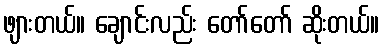
ဖျားတယ်။ ချောင်းလည်း တော်တော် ဆိုးတယ်။